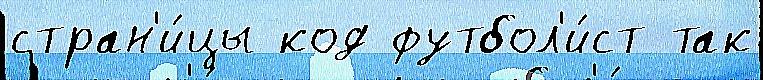
стран'и́цы код футбол'и́ст так